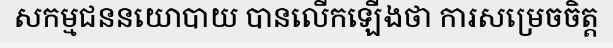
សកម្មជននយោបាយ បានលើកឡើងថា ការសម្រេចចិត្ត